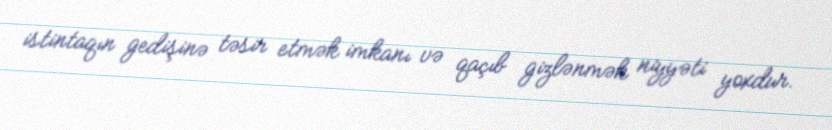
istintaqın gedişinə təsir etmək imkanı və qaçıb gizlənmək niyyəti yoxdur.